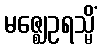
မဇ္ဈေဥရသ္မိံ